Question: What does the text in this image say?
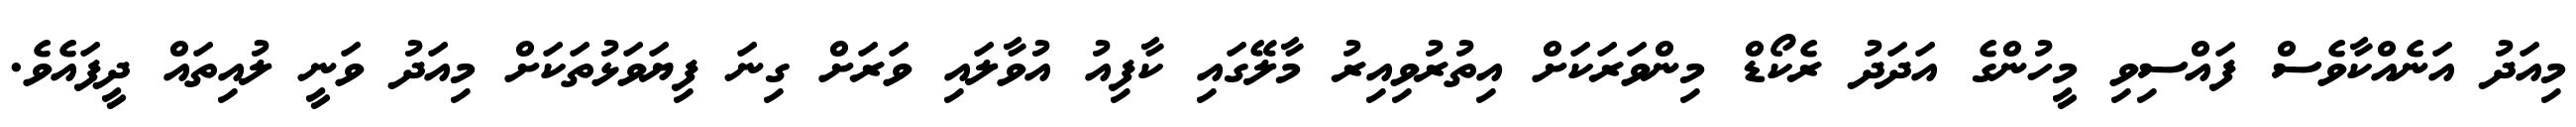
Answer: މިއަދު އަނެއްކާވެސް ފައްސިވި މީހުންގެ އަދަދު ރެކޯޑް މިންވަރަކަށް އިތުރުވިއިރު މާލޭގައި ކާފިއު އުވާލައި ވަރަށް ގިނަ ފިޔަވަޅުތަކަށް މިއަދު ވަނީ ލުއިތައް ދީފައެވެ.